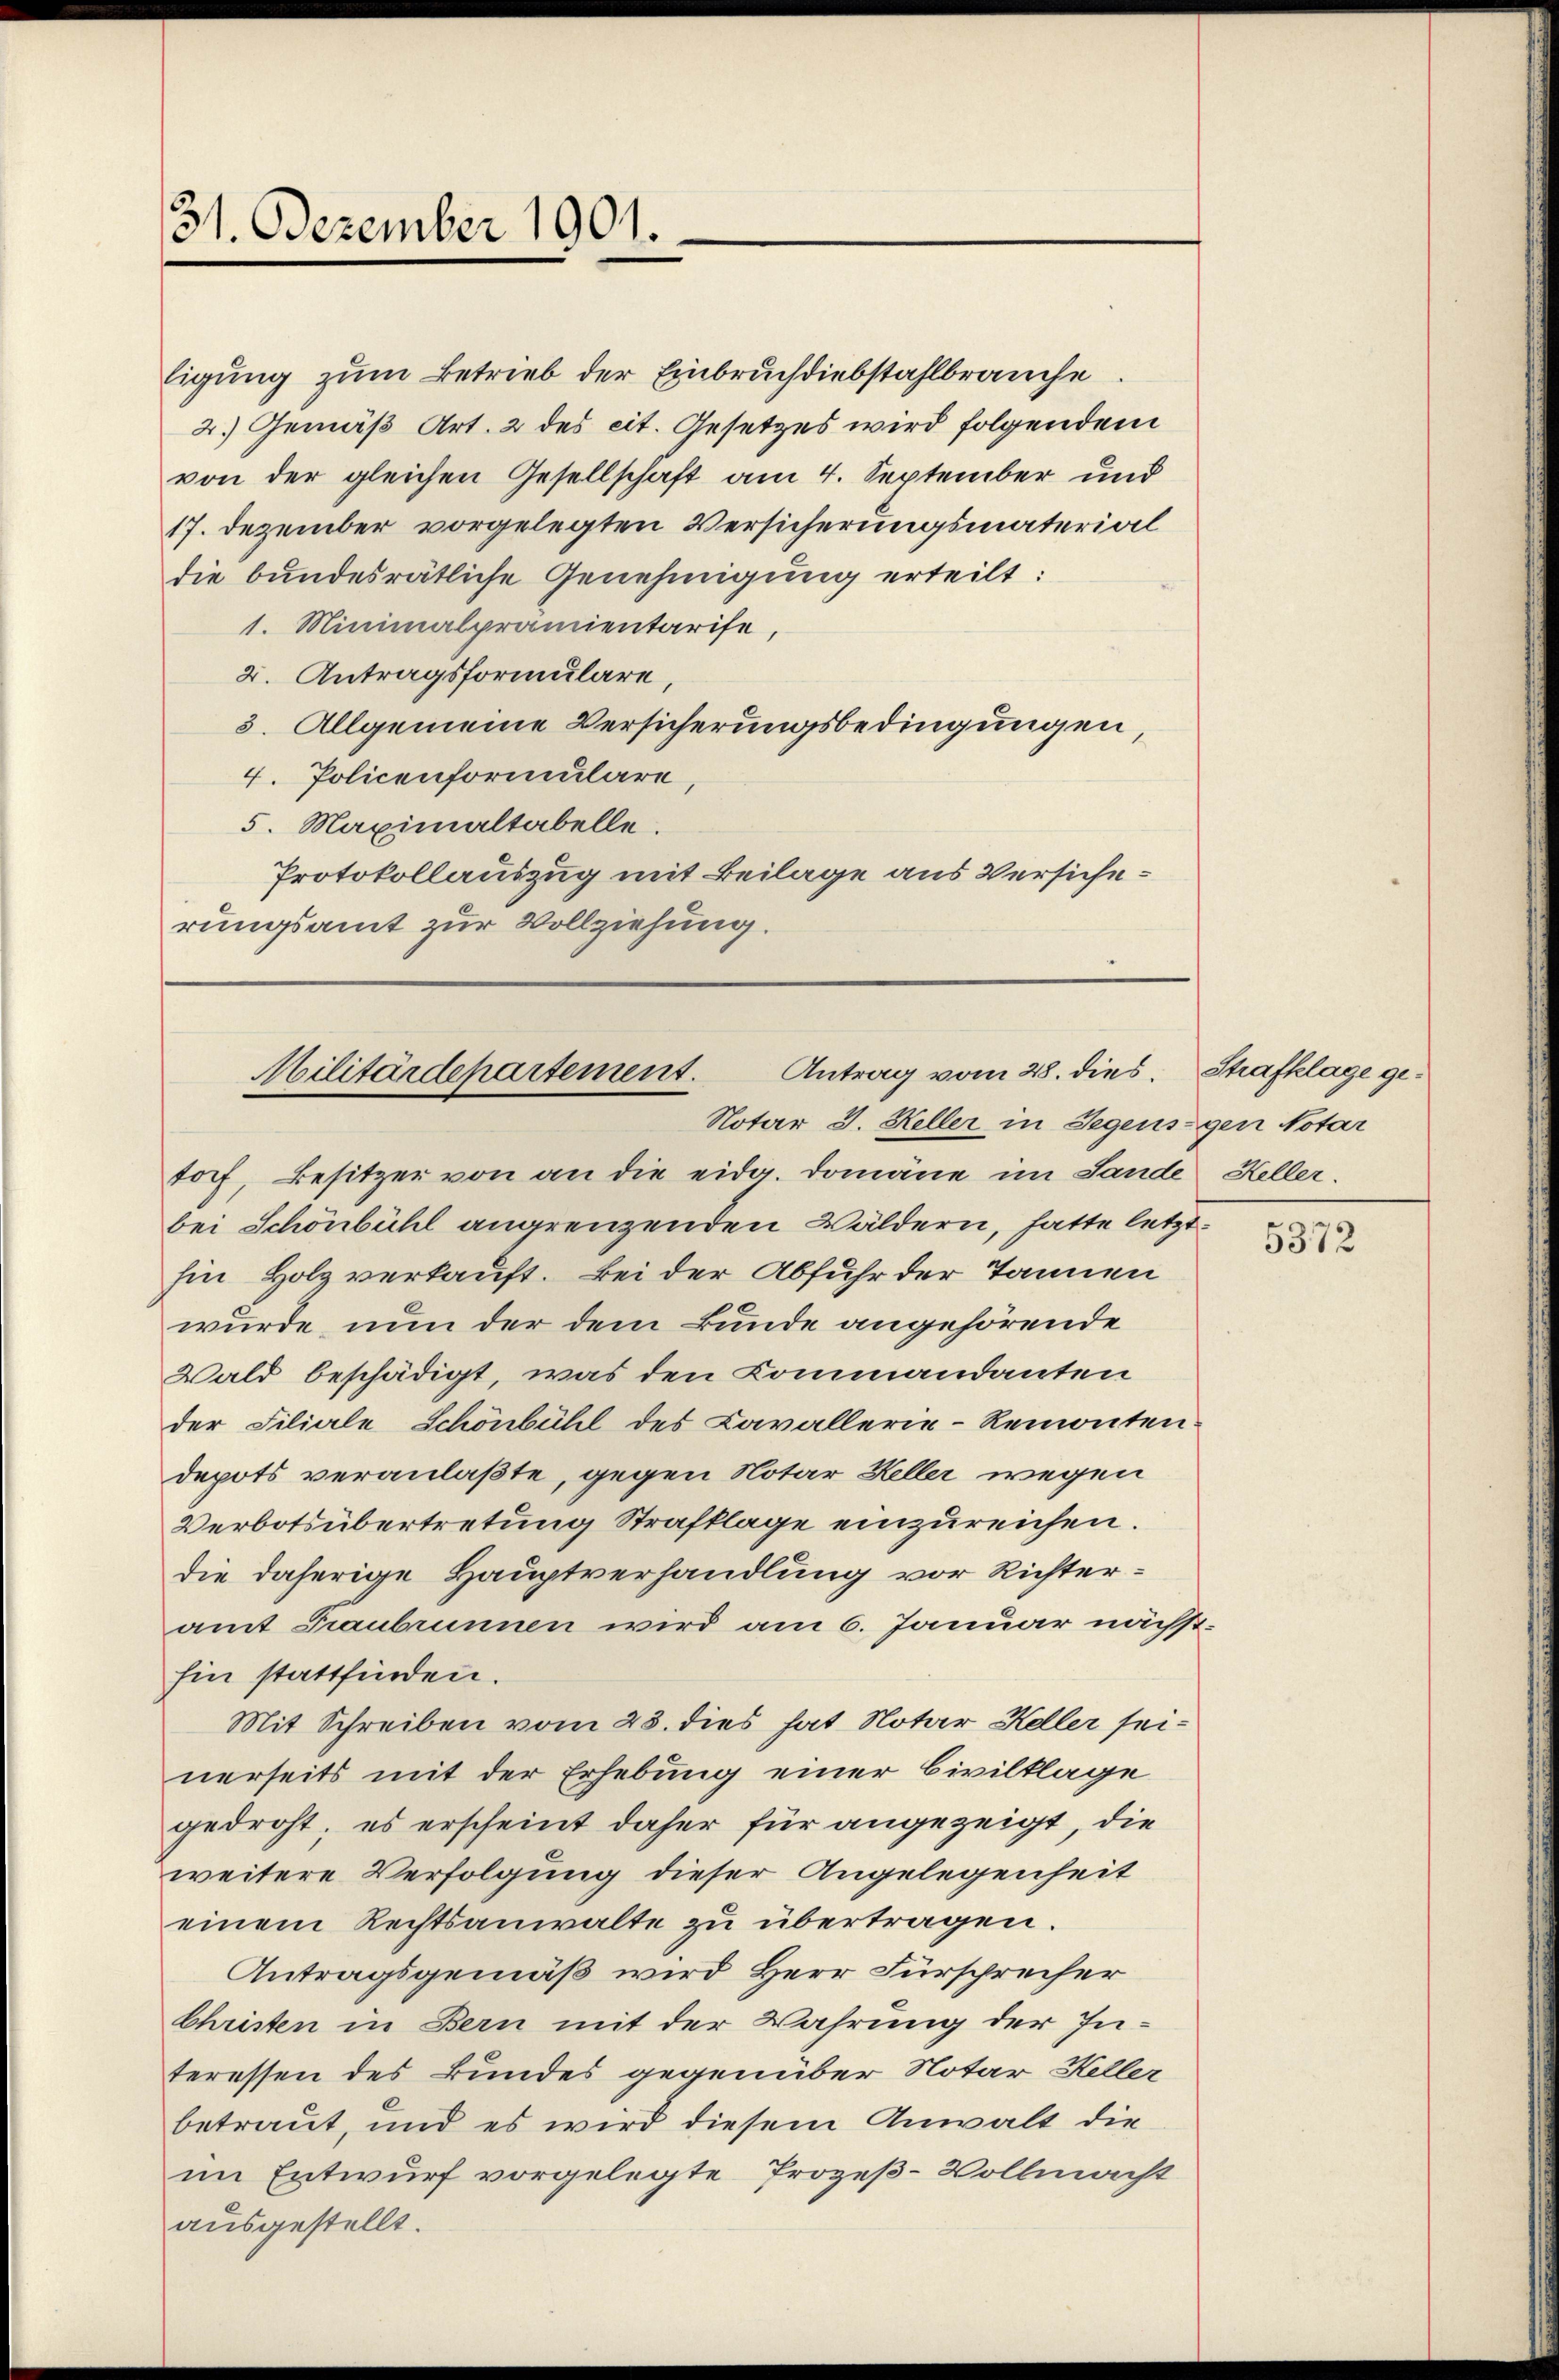
31. Dezember 1901.

Eigung zum Betrieb der Einbruch diebstahlbrauche
2.) Gemäß Art. 2 des cit. Gesetzes wird folgendem
von der gleichen Gesellschaft am 4. September und
17. Dezember vorgelegten Versicherungsmaterial
die bundesrätliche Genehmigung erteilt:
1. Minimalprämientarise,
2. Antragsformulare,
3. Allgemeine Versicherungsbedingungen,
4. Policenformulare,
5. Maximaltabelle.
Protokollauszug mit Beilage aus Versicherungsamt zur Vollziehung.

Antrag vom 28. dies. Strafklage ge¬
Militärdepartement.
Notar J. Heller in Gegensigen Notar

toff, Besitzer von an die eidg. Domäne im Sande Heller.
bei Schönbühl angrenzenden Wäldern, hatte letzt
hin Holz verkauft. Bei der Abfuhr der Tannen
wurde, nun der dem Bunde angehörende
Wald beschädigt, was den Commandanten
der Filiale Schönbühl des Cavallerie-Remonten-
depots veranlaßte, gegen Notar Keller wegen
Verbotsübertretung Strafklage einzureichen.
die daherige Hauptverhandlung vor Richteramt Traubrunnen wird am 6. Januar nächst-
hin stattfinden.
Mit Schreiben vom 23. dies hat Notar Keller seinerseits mit der Erhebung einer Civilklage
gedroht; es erscheint daher für angezeigt, die
weitere Verfolgung dieser Angelegenheit
einem Rechtsanwalte zu übertragen.
Antragsgemäß wird Herr Fürsprecher
Christen in Bern mit der Wahrung der Interessen des kundes gegenüber Notar Heller
betraut, und es wird diesem Anwalt die
im Entwurf vorgelegte Prozeß-Vollmacht
ausgestellt.

5372